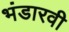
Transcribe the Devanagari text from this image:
भंडारवी